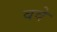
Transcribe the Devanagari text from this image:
ववे